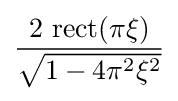
{\frac {2\,\operatorname {rect} (\pi \xi )}{\sqrt {1-4\pi ^{2}\xi ^{2}}}}